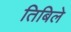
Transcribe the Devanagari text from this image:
तिबिले